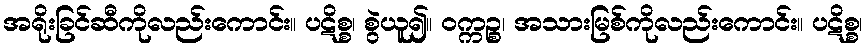
အရိုးခြင်ဆီကိုလည်းကောင်း။ ပဋိစ္စ၊ စွဲယူ၍။ ဝက္ကဉ္စ၊ အသားမြစ်ကိုလည်းကောင်း။ ပဋိစ္စ၊